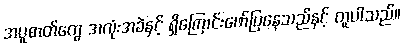
အပူဓာတ်တွေ အလုံးအခဲနှင့် ရှိကြောင်းဖော်ပြနေသည်နှင့် တူပါသည်။